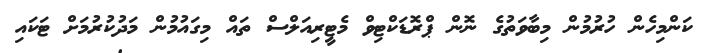
ކަންމިހެން ހުރުމުން މިބާވަތުގެ ނޮން ޕްރޮޑަކްޓިވް މެޓީރިއަލްސް ތައް މިގައުމުން މަދުކުުރުމަށް ޓަކައި